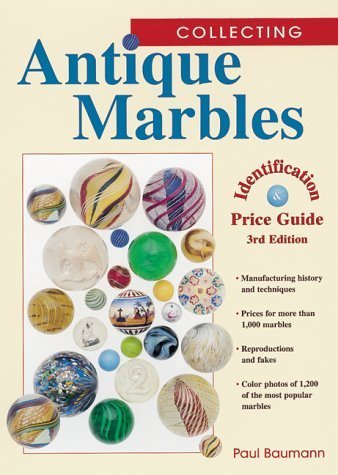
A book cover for Collecting Antique Marbles: Identification & Price Guide by Baumann, Paul (1999) Paperback; Paul Baumann; Crafts, Hobbies & Home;